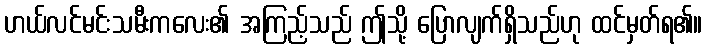
ဟယ်လင်မင်းသမီးကလေး၏ အကြည့်သည် ဤသို့ ပြောလျက်ရှိသည်ဟု ထင်မှတ်ရ၏။